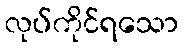
လုပ်ကိုင်ရသော